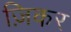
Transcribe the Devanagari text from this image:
ज़िकर